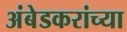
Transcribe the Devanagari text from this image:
अंबेडकरांच्या